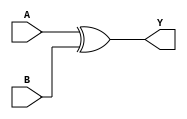
module xor_1bit(A,B,Y);
input A,B;
output Y;
wire temp;

xor(temp,A,B);
assign Y=temp;
endmodule